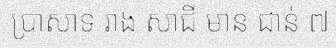
ប្រាសាទ រាង សាជី មាន ជាន់ ៧